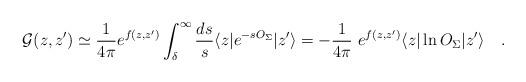
LaTeX: \begin{align*}{\cal G}(z,z')\simeq{1 \over 4\pi}e^{f(z,z')}\int_{\delta}^{\infty}{ds \over s}\langle z|e^{-s O_{\Sigma}}|z'\rangle=-{1 \over 4\pi}~e^{f(z,z')}\langle z|\ln O_{\Sigma}|z'\rangle~~~.\end{align*}